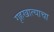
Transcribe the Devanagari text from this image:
गृहखात्याचा